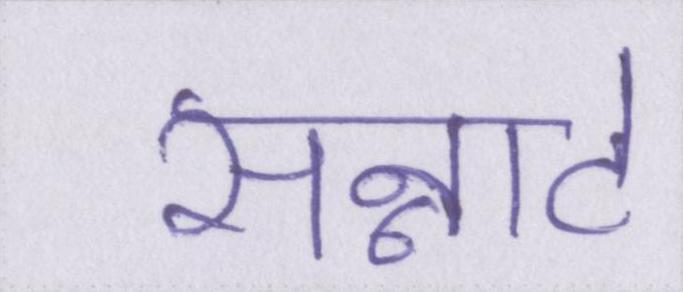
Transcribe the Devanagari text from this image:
सन्नाटे